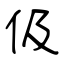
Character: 伋